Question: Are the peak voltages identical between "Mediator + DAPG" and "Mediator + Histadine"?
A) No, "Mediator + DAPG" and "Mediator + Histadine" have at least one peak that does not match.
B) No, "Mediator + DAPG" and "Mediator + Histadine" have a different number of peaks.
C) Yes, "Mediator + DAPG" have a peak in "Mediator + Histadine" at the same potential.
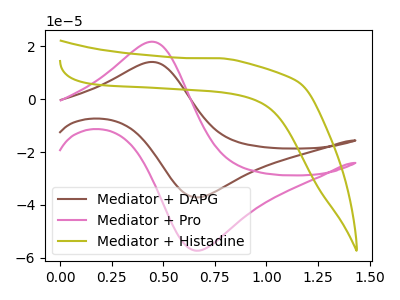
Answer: <think>The brown curve "Mediator + DAPG" has an anodic peak at (0.45V, 14.05uA) and a cathodic peak at (0.70V, -37.10uA). The pink curve "Mediator + Pro" has an anodic peak at (0.45V, 21.70uA) and a cathodic peak at (0.70V, -57.25uA). The olive curve "Mediator + Histadine" has no peaks.</think>
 <answer>B) No, "Mediator + DAPG" and "Mediator + Histadine" have a different number of peaks.</answer>
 <eval>B</eval>